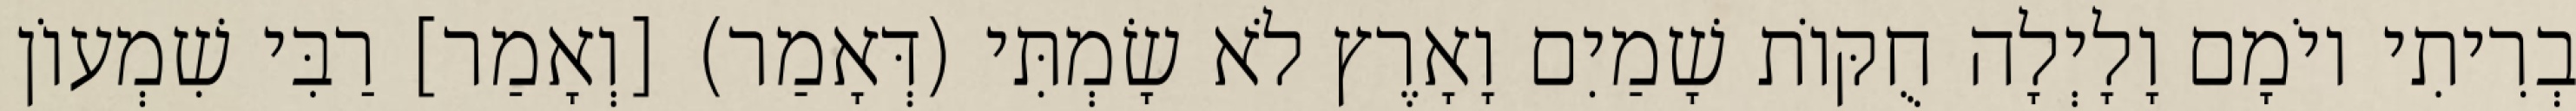
בְרִיתִי יוֹמָם וָלָיְלָה חֻקּוֹת שָׁמַיִם וָאָרֶץ לֹא שָׂמְתִּי (דְּאָמַר) [וְאָמַר] רַבִּי שִׁמְעוֹן